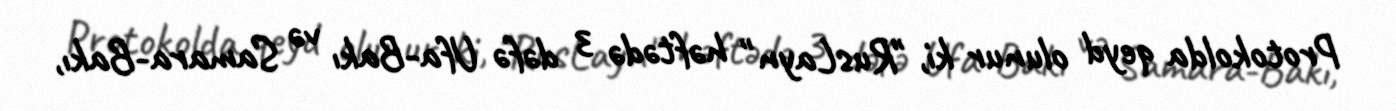
Protokolda qeyd olunur ki, "RusLayn" həftədə 3 dəfə Ufa-Bakı və Samara-Bakı,